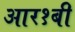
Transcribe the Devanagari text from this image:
आर१बी